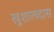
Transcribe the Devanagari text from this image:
खुशालदास